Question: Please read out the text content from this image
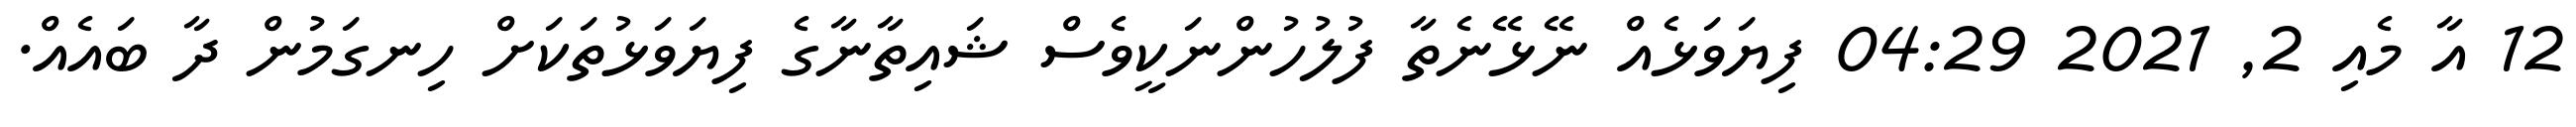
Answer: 12 އާ މެއި 2, 2021 04:29 ފިޔަވަޅެއް ނޭޅޭނެތާ ފުލުހުންނަކީވެސް ޝައިތާނާގެ ފިޔަވަޅުތަކަށް ހިނގަމުން ދާ ބައެއް.